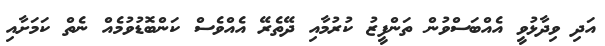
އަދި ވިދާޅުވީ އެއްބަސްވުން ތަންފީޒު ކުރުމާއި ދޭތެރޭ އެއްވެސް ކަންބޮޑުވުމެއް ނެތް ކަމަށާއި